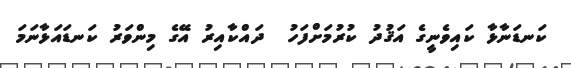
ކަނޑަނާޅާ ކައިވެނީގެ އަޤުދު ކުރުމަށްފަހު  ދައްކާއިރު އޭގެ މިންވަރު ކަނޑައަޅާނަމަ